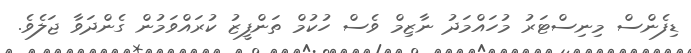
ޑިފެންސް މިނިސްޓަރު މުހައްމަދު ނާޒިމް ވެސް ހުކުމް ތަންފީޒު ކުރައްވަމުން ގެންދަވާ ޖަލެވެ.